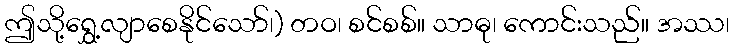
ဤသို့ရွှေ့လျာစေနိုင်သော်၊) တဝ၊ စင်စစ်။ သာဓု၊ ကောင်းသည်။ အဿ၊